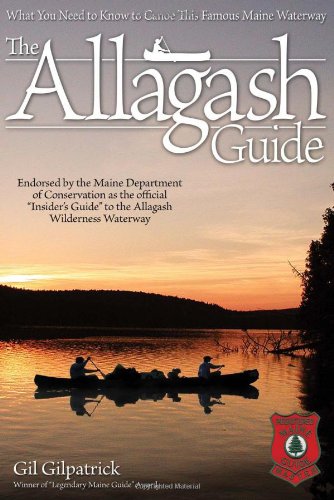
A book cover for The Allagash Guide: What You Need to Know to Canoe this Famous Maine Waterway/ Winner of "Legendary Maine Guide" Award; Gil Gilpatrick; Sports & Outdoors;